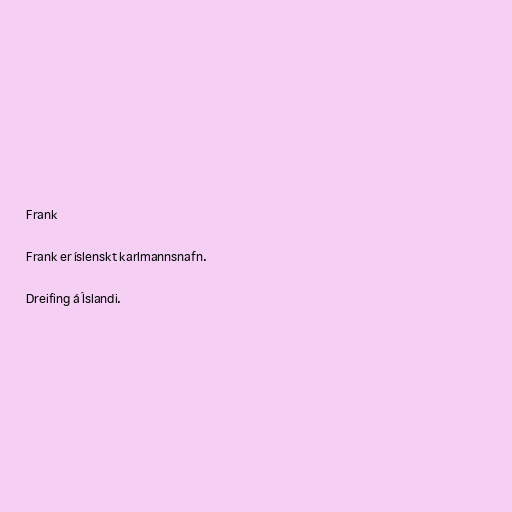
Frank

Frank er íslenskt karlmannsnafn.

Dreifing á Íslandi.